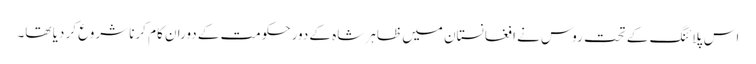
اس پلائنگ کے تحت روس نے ا فغانستان میں ظاہر شاہ کے دورحکومت کے دوران کام کرنا شروع کر دیا تھا۔